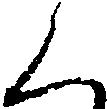
く